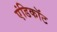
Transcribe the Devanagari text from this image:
एंडिकॉट